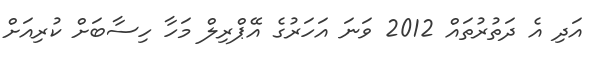
އަދި އެ ދަތުރުތައް 2012 ވަނަ އަހަރުގެ އޭޕްރިލް މަހާ ހިސާބަށް ކުރިއަށް